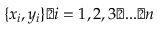
\{ x _ { i } , y _ { i } \} ， i = 1 , 2 , 3 ， . . . ， n